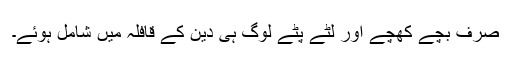
صرف بچے کھچے اور لٹے پٹے لوگ ہی دین کے قافلہ میں شامل ہوئے۔